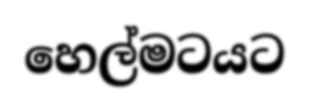
හෙල්මටයට